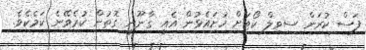
ފަސް ކުރަން ސިވިލް ކޯޓަށް ހުށައެޅުން އެއީ ގާނޫނީ ގޮތުން ކުރެވޭނެ ކަމެކެވެ.